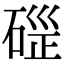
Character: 𥓱